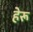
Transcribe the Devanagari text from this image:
हेरू